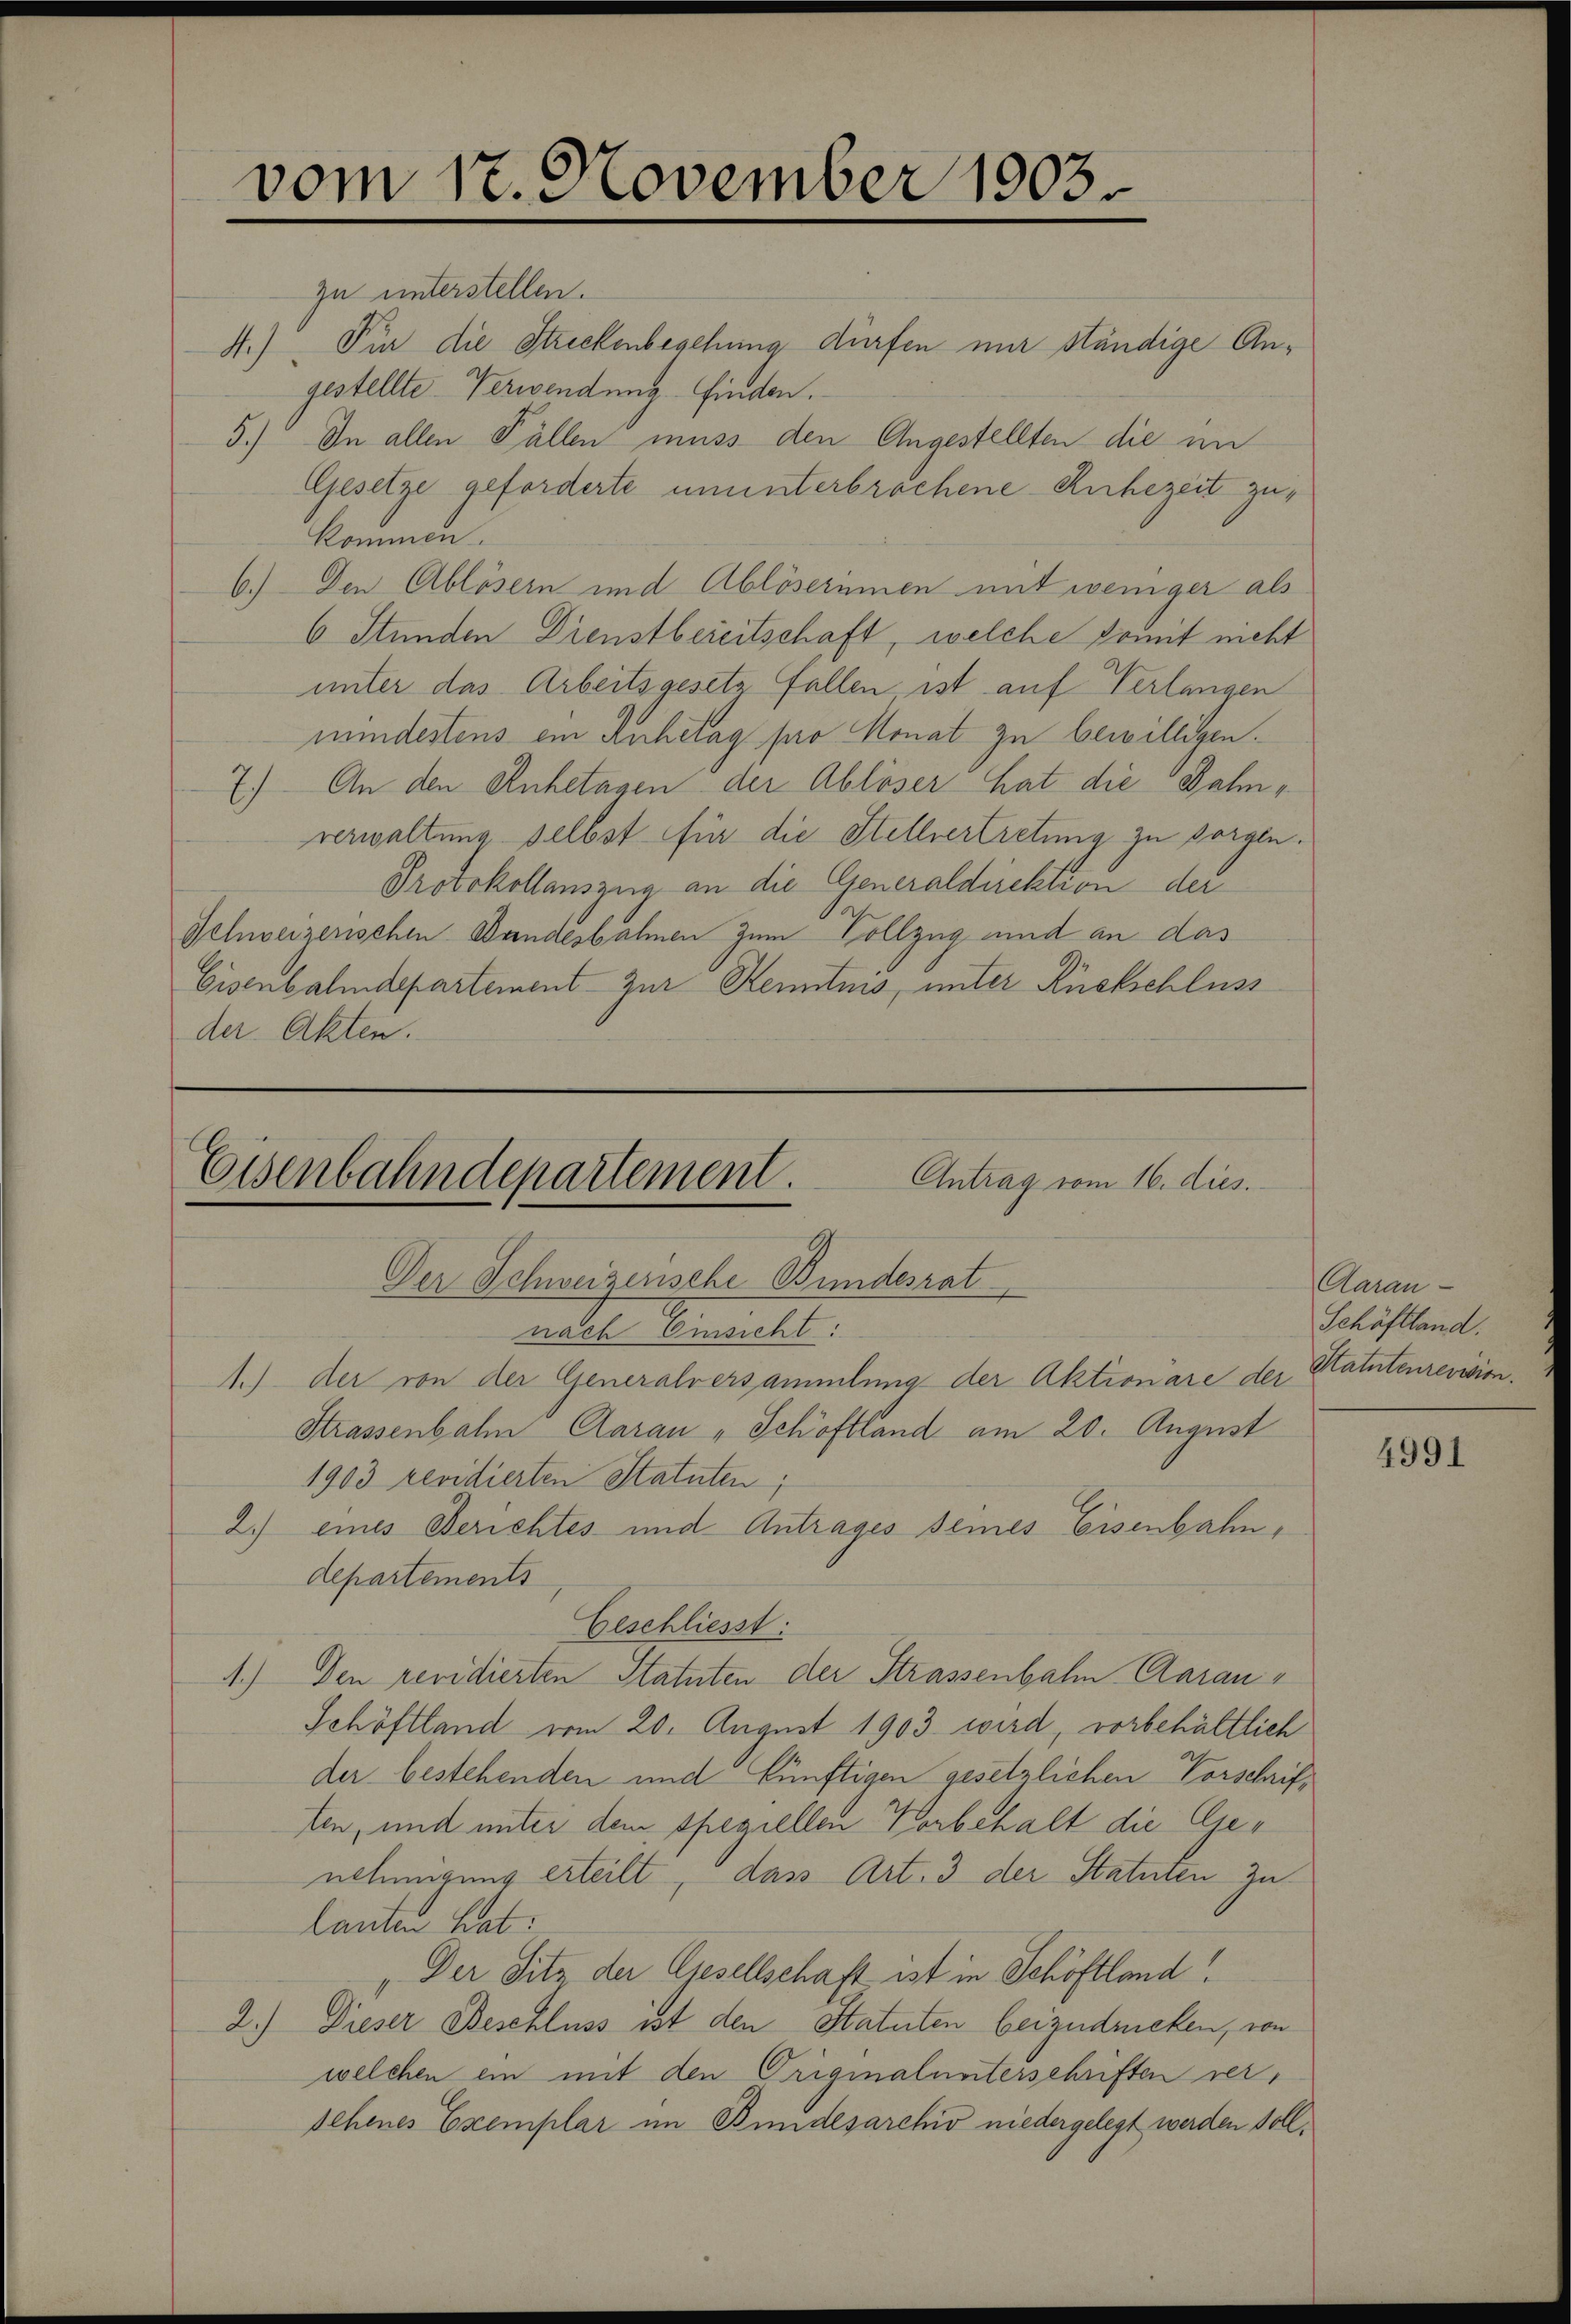
zu unterstellen.
4.) Für die Streckenbegehung dürfen nur ständige Angestellte Verwendung finden.
5.) In allen Fällen muss den Angestellten die mi
Gesetze geforderte ununterbrochene Ruhezeit zukommen.
6.) Den Ablösern und Ablöserinnen mit weniger als
6 Stunden Dienstbereitschaft, welche somit nicht
unter das Arbeitsgesetz fallen ist auf Verlangen
mindestens ein Anhetag pro Monat zu bewilligen.
7.) An den Anhetagen der Ablöser hat die Dahnverwaltung selbst für die Stellvertretung zu sorgen.
Protokollauszug an die Generaldirektion der
Selnveizerischen Bandesbahnen zum Vollzug und an das
Eisenbahndepartement zur Kenntnis, unter Rückschluss
der Akten.

vom 17. November 1903.

Eisenbahndepartement.
Antrag vom 16. dies.
Der Schweizerische Bundesrat
nach Einsicht:
1.) der von der Generalversammlung der Aktionare der Statutenrevision¬

Strassenbahn Aarau „Schöftland am 20. August
1903 revidierten Statuten;
2.) eines Berichtes und Antrages seines Eisenbahn,
departements
Geschliesst:
1.) Den revidierten Statuten der Strassenbahn Aarau
Schöftland vom 20. August 1903 wird, vorbehältlich
der bestehenden und künftigen gesetzlichen Vorschriften, und unter dem speziellen Vorbehalt die Cinehmigung erteilt, dass Art. 3 der Statuten zu
lanten hat:
Der Sitz der Gesellschaft ist in Schöftland!
2.) Dieser Beschluss ist den Statuten beizudrucken, von
welchen ein mit den Originalunterschriften versehenes Exemplar im Bundesarchiv niedergelegt werden soll.

Aarau
Schäftland.

4991